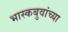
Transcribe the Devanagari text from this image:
भास्कबुवांच्या